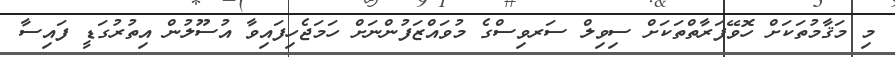
މި މަޤާމުތަކަށް ހޮވޭފަރާތްތަކަށް ސިވިލް ސަރވިސްގެ މުވައްޒަފުންނަށް ހަމަޖެހިފައިވާ އުސޫލުން އިތުރުގަޑީ ފައިސާ